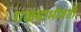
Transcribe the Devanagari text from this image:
गळयाभोवती